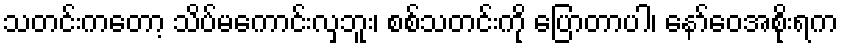
သတင်းကတော့ သိပ်မကောင်းလှဘူး၊ စစ်သတင်းကို ပြောတာပါ၊ နော်ဝေအစိုးရက